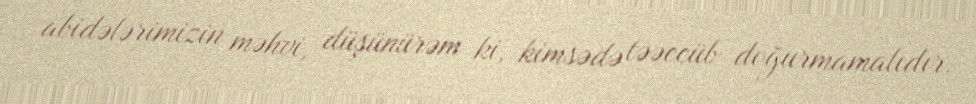
abidələrimizin məhvi, düşünürəm ki, kimsədə təəccüb doğurmamalıdır.